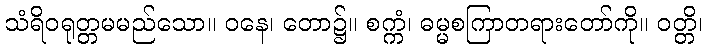
သံရိဝရုတ္တမမည်သော။ ဝနေ၊ တော၌။ စက္ကံ၊ ဓမ္မစကြာတရားတော်ကို။ ဝတ္တိ၊